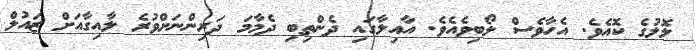
ލޮލުގެ ކޮއެވެ. އެހާވެސް ލޯބިވެއެވެ. އާއިލާގައި ދެންތިބި ދެމާމަ ދަރިންނަށްވުރެ ލާއިގާއަށް ޒައުލް